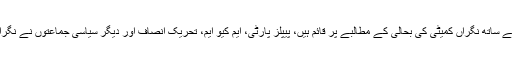
اپوزیشن جماعتیں فوجی عدالتوں کے ساتھ نگراں کمیٹی کی بحالی کے مطالبے پر قائم ہیں، پیپلز پارٹی، ایم کیو ایم، تحریک انصاف اور دیگر سیاسی جماعتوں نے نگراں کمیٹی کے قیام پر زور دیا ہے۔